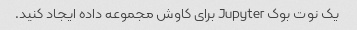
یک نوت بوک Jupyter برای کاوش مجموعه داده ایجاد کنید.